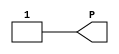
// $Header: /devl/xcs/repo/env/Databases/CAEInterfaces/verunilibs/s/VCC.v,v 1.8.22.1 2003/11/18 20:41:40 wloo Exp $

/*

FUNCTION	: VCC cell

*/

`timescale  100 ps / 10 ps


module VCC(P);

    output P;

	assign P = 1'b1;

endmodule